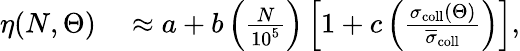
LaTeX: \begin{array}{rl}{\eta(N,\Theta)}&{{}\approx a+b\left(\frac{N}{10^{5}}\right)\left[1+c\left(\frac{\sigma_{\mathrm{coll}}(\Theta)}{\overline{{\sigma}}_{\mathrm{coll}}}\right)\right],}\end{array}